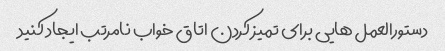
دستورالعمل هایی برای تمیز کردن اتاق خواب نامرتب ایجاد کنید